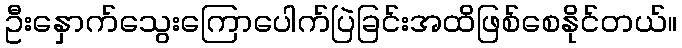
ဦးနှောက်သွေးကြောပေါက်ပြဲခြင်းအထိဖြစ်စေနိုင်တယ်။